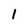
Character: l